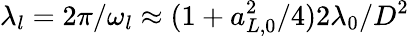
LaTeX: \lambda_{l}=2\pi/\omega_{l}\approx(1+a_{L,0}^{2}/4)2\lambda_{0}/D^{2}